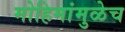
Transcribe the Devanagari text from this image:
मोहिमांमुळेच